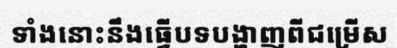
ទាំងនោះនឹងធ្វើបទបង្ហាញពីជម្រើស